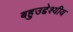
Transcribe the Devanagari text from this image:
बहुउद्देश्‍यीय